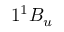
1 ^ { 1 } B _ { u }